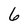
Character: 6